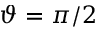
\vartheta = \pi / 2